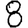
Digit: 8